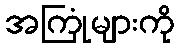
အကြုံများကို